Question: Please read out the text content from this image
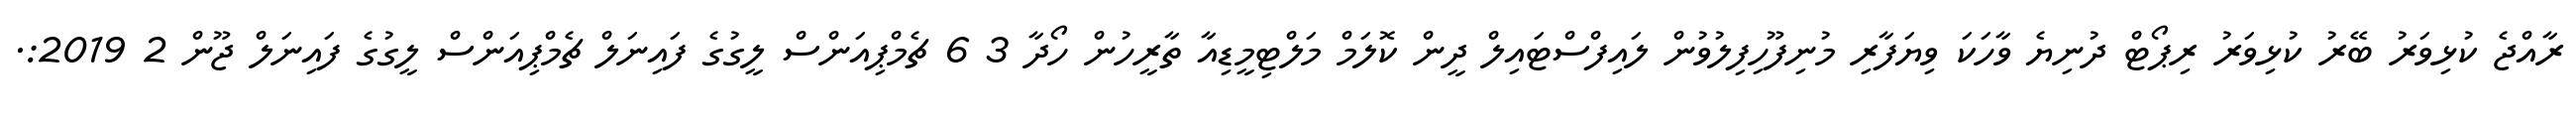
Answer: ރާއްޖެ ކުޅިވަރު ބޭރު ކުޅިވަރު ރިޕޯޓް ދުނިޔެ ވާހަކަ ވިޔަފާރި މުނިފޫހިފިލުވުން ލައިފްސްޓައިލް ދީން ކޮލަމް މަލްޓިމީޑިއާ ތާރީހުން ހޯދާ 3 6 ޗެމްޕިއަންސް ލީގުގެ ފައިނަލް ޗެމްޕިއަންސް ލީގުގެ ފައިނަލް ޖޫން 2 2019:.